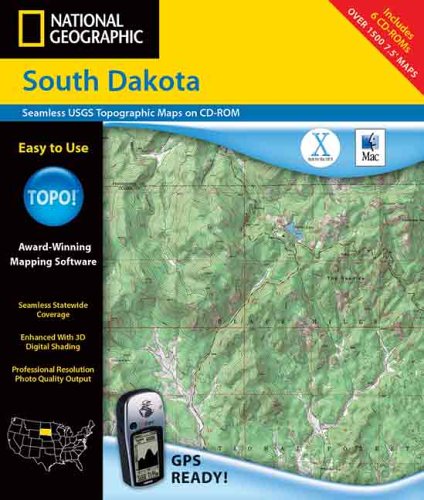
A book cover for National Geographic Topographical  South Dakota; Geological Survey; Travel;